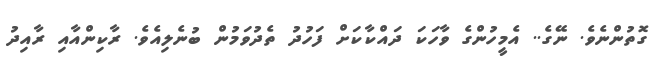
ގޮތުންނެވެ. ނޭގެ.. އެމީހުންގެ ވާހަކަ ދައްކާކަށް ފަހުދު ތެދުވަމުން ބުނެލިއެވެ. ރާކިންއާއި ރާއިދު